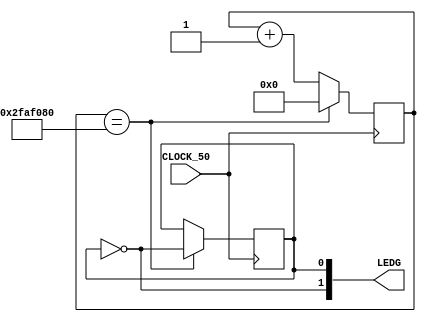
module Led(input CLOCK_50, output [1:0]LEDG);

    reg [32:0] counter;
    reg state = 0;
    
    assign LEDG[0] = state;
    assign LEDG[1] = ~state;
    
    always @(posedge CLOCK_50) begin
        if (counter == 50000000) begin
            state = ~state;
            counter = 0;
        end else begin
            counter <= counter + 1;
        end
    end

endmodule